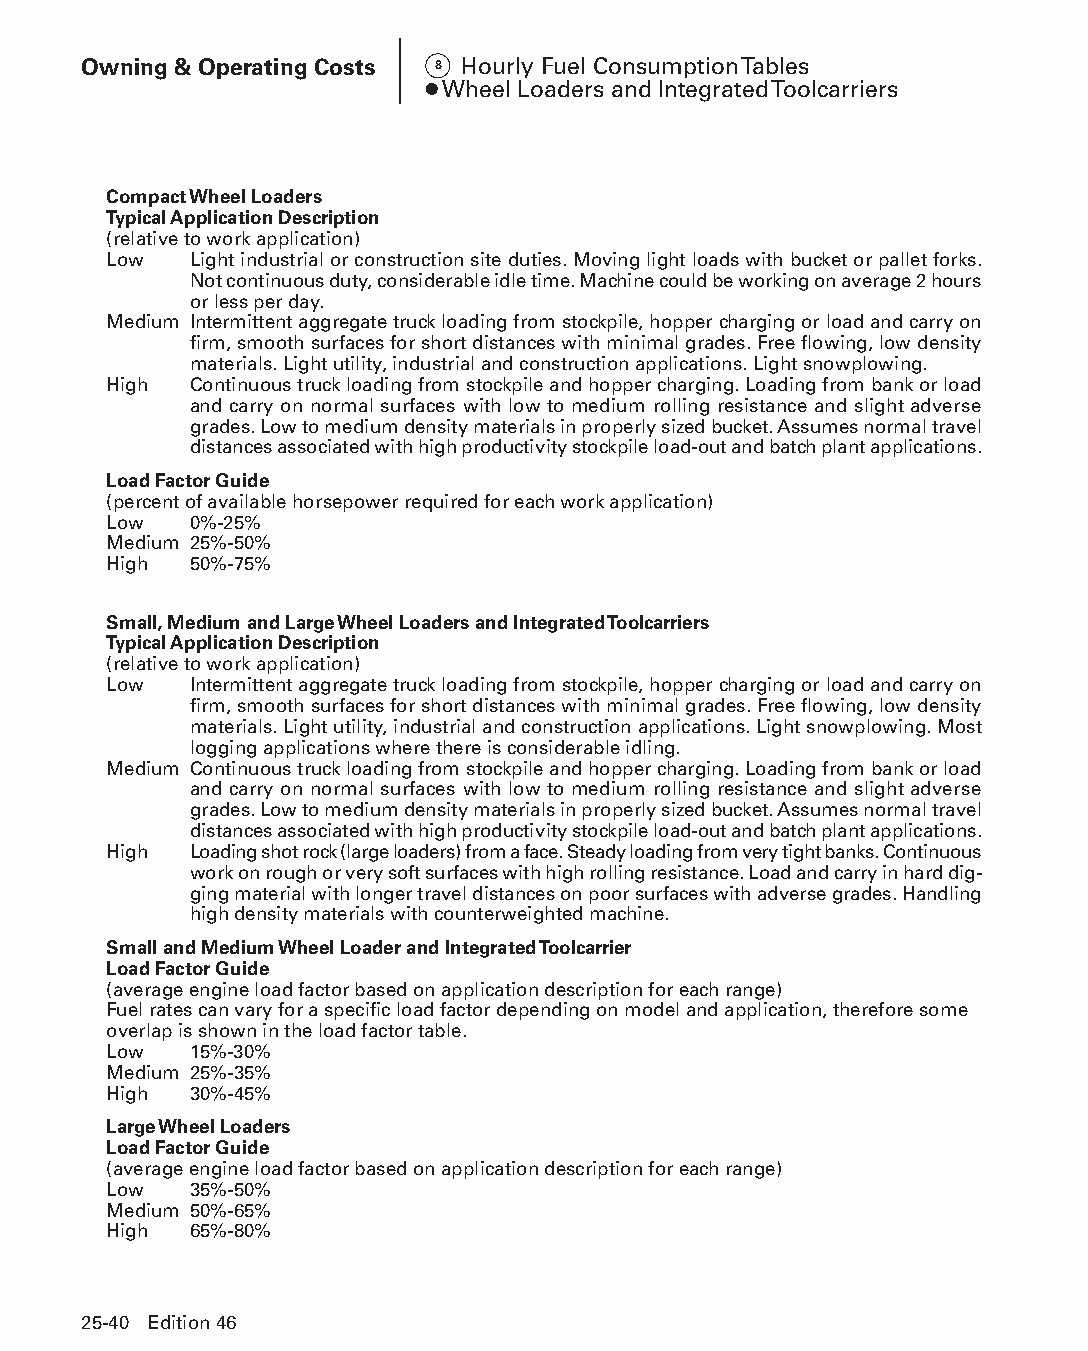
Owning & Operating Costs 8 Hourly Fuel Consumption Tables
 ● Wheel Loaders and Integrated Toolcarriers
 Compact Wheel Loaders
 Typical Application Description
 (relative to work application)
 Low   L ight industrial or construction site duties. Moving light loads with bucket or pallet forks.
 Not continuous duty, considerable idle time. Machine could be working on average 2 hours
 or less per day.
 Medium I ntermittent aggregate truck loading from stockpile, hopper charging or load and carry on
 firm, smooth surfaces for short distances with minimal grades. Free flowing, low density
 materials. Light utility, industrial and construction applications. Light snowplowing.
 High  C ontinuous truck loading from stockpile and hopper charging. Loading from bank or load
 and carry on normal surfaces with low to medium rolling resistance and slight adverse
 grades. Low to medium density materials in properly sized bucket. Assumes normal travel
 distances associated with high productivity stockpile load-out and batch plant applications.
 Load Factor Guide
 (percent of available horsepower required for each work application)
 Low   0%-25%
 Medium 25%-50%
 High  50%-75%
 Small, Medium and Large Wheel Loaders and Integrated Toolcarriers
 Typical Application Description
 (relative to work application)
 Low   I ntermittent aggregate truck loading from stockpile, hopper charging or load and carry on
 firm, smooth surfaces for short distances with minimal grades. Free flowing, low density
 materials. Light utility, industrial and construction applications. Light snowplowing. Most
 logging applications where there is considerable idling.
 Medium C ontinuous truck loading from stockpile and hopper charging. Loading from bank or load
 and carry on normal surfaces with low to medium rolling resistance and slight adverse
 grades. Low to medium density materials in properly sized bucket. Assumes normal travel
 distances associated with high productivity stockpile load-out and batch plant applications.
 High  L oading shot rock (large loaders) from a face. Steady loading from very tight banks. Continuous
 work on rough or very soft surfaces with high rolling resistance. Load and carry in hard dig-
 ging material with longer travel distances on poor surfaces with adverse grades. Handling
 high density materials with counterweighted machine.
 Small and Medium Wheel Loader and Integrated Toolcarrier
 Load Factor Guide
 (average engine load factor based on application description for each range)
 Fuel rates can vary for a specific load factor depending on model and application, therefore some
 overlap is shown in the load factor table.
 Low   15%-30%
 Medium 25%-35%
 High  30%-45%
 Large Wheel Loaders
 Load Factor Guide
 (average engine load factor based on application description for each range)
 Low   35%-50%
 Medium 50%-65%
 High  65%-80%
 25-40 Edition 46
 PPHHBB--SSeecc2255--1166..iinndddd 4400                        1122//44//1155 1111::1166 AAMM